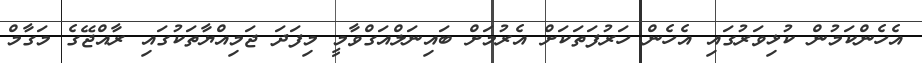
އެހެންކަމުން ކުޅިވަރުގައި އެހެން ހަރުފަތަކަށް އެރުމަށް ބައިނަލްއަގްވާމީ މިފަދަ ޖަމިއްޔާތަކުގައި ރާއްޖޭގެ މަގާމް